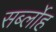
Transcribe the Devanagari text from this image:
सर्ब्लोह